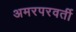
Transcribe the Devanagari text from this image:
अमरपरवर्ती